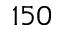
1 5 0